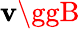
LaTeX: \mathbf{v}\ggB